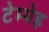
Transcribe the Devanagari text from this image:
टेम्पेह